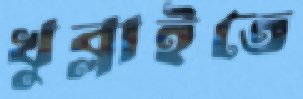
খুব্‌লাইতে